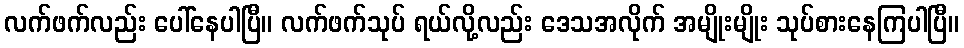
လက်ဖက်လည်း ပေါ်နေပါပြီ။ လက်ဖက်သုပ် ရယ်လို့လည်း ဒေသအလိုက် အမျိုးမျိုး သုပ်စားနေကြပါပြီ။